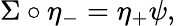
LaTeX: \Sigma\circ\eta_{-}=\eta_{+}\psi,